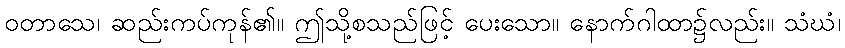
ဝတာသေ၊ ဆည်းကပ်ကုန်၏။ ဤသို့စသည်ဖြင့် ပေးသော။ နောက်ဂါထာ၌လည်း။ သံဃံ၊